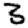
Digit: 8